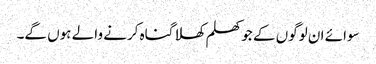
سوائے ان لوگوں کے جو کھلم کھلا گناہ کرنے والے ہوں گے۔